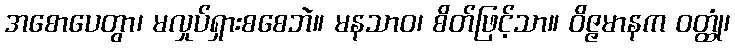
အစောပေတွာ၊ မလှုပ်ရှားစစေဘဲ။ မနသာဝ၊ စိတ်ဖြင့်သာ။ ဝိဇ္ဇမာနက ဝတ္ထုံ၊